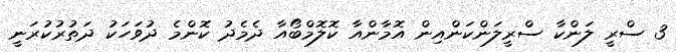
3 ސްރީ ލަންކާ ސްރީލަންކަންއިން އޮމާންއާ ކޮލޮމްބޯއާ ދެމެދު ކޮންމެ ދުވަހަކު ދަތުރުކުރަނީ